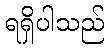
ရရှိပါသည်